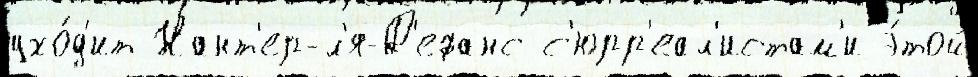
ухо́д'ит Нант'ер-л'я-Д'ефанс с'юрр'еал'истам'и э́той